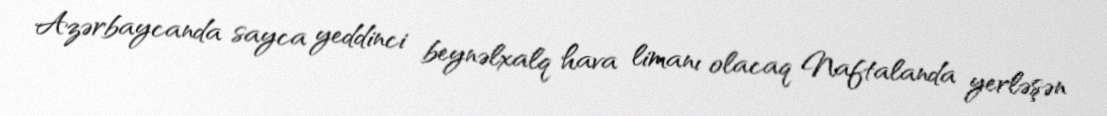
Azərbaycanda sayca yeddinci beynəlxalq hava limanı olacaq Naftalanda yerləşən